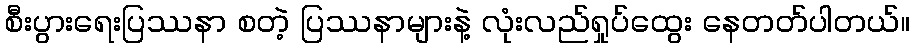
စီးပွားရေးပြဿနာ စတဲ့ ပြဿနာများနဲ့ လုံးလည်ရှုပ်ထွေး နေတတ်ပါတယ်။